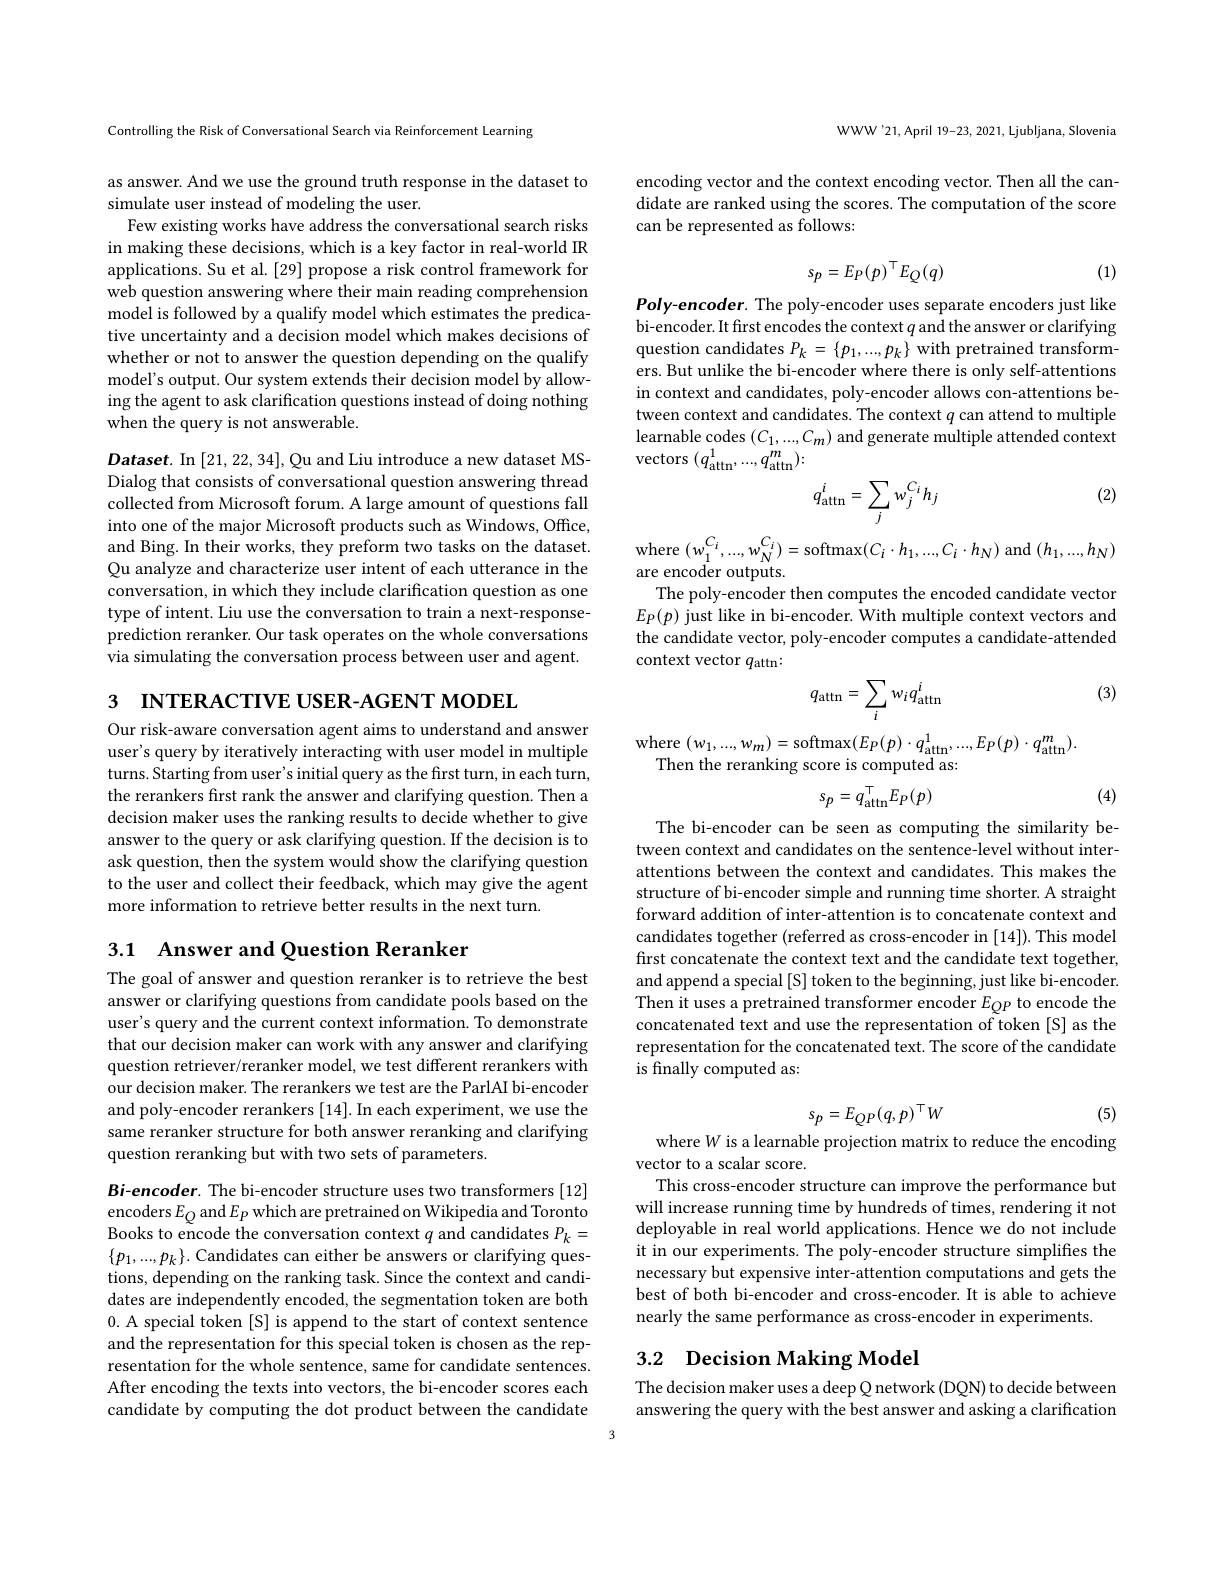
Controlling the Risk of Conversational Search via Reinforcement Learning

as answer. And we use the ground truth response in the dataset to
simulate user instead of modeling the user.
Few existing works have address the conversational search risks in making these decisions, which is a key factor in real-world IR applications. Su et al. [29] propose a risk control framework for web question answering where their main reading comprehension model is followed by a qualify model which estimates the predicative uncertainty and a decision model which makes decisions of whether or not to answer the question depending on the qualify model's output. Our system extends their decision model by allowing the agent to ask clarification questions instead of doing nothing when the query is not answerable.

Dataset. In [21,22,34], Qu and Liu introduce a new dataset MSDialog that consists of conversational question answering thread collected from Microsoft forum. A large amount of questions fall into one of the major Microsoft products such as Windows, Office, and Bing. In their works, they preform two tasks on the dataset. Qu analyze and characterize user intent of each utterance in the conversation, in which they include clarification question as one type of intent. Liu use the conversation to train a next-responseprediction reranker. Our task operates on the whole conversations via simulating the conversation process between user and agent.

3 INTERACTIVE USER-AGENT MODEL

Our risk-aware conversation agent aims to understand and answer user's query by iteratively interacting with user model in multiple turns. Starting from user's initial query as the first turn, in each turn, the rerankers first rank the answer and clarifying question. Then a decision maker uses the ranking results to decide whether to give answer to the query or ask clarifying question. If the decision is to ask question, then the system would show the clarifying question to the user and collect their feedback, which may give the agent more information to retrieve better results in the next turn.

## 3.1 Answer and Question Reranker

The goal of answer and question reranker is to retrieve the best answer or clarifying questions from candidate pools based on the user's query and the current context information. To demonstrate that our decision maker can work with any answer and clarifying question retriever/reranker model, we test different rerankers with our decision maker. The rerankers we test are the ParlAI bi-encoder and poly-encoder rerankers [14]. In each experiment, we use the same reranker structure for both answer reranking and clarifying question reranking but with two sets of parameters.

Bi-encoder. The bi-encoder structure uses two transformers [12] encoders $E_Q$ and $E_P$ which are pretrained on Wikipedia and Toronto Books to encode the conversation context $q$ and candidates $P_k=$ $\{p_{1},...,p_{k}\}.$ Candidates can either be answers or clarifying questions, depending on the ranking task. Since the context and candidates are independently encoded, the segmentation token are both 0. A special token [S] is append to the start of context sentence and the representation for this special token is chosen as the representation for the whole sentence, same for candidate sentences. After encoding the texts into vectors, the bi-encoder scores each candidate by computing the dot product between the candidate

WWW'21,April 19-23, 2021, Ljubljana, Slovenia

encoding vector and the context encoding vector. Then all the candidate are ranked using the scores. The computation of the score can be represented as followsx
$$s_p=E_P(p)^\top E_Q(q)$$
(1)

Poly-encoder. The poly-encoder uses separate encoders just like bi-encoder. It first encodes the context $q$ and the answer or clarifying question candidates $P_k=\{p_1,...,p_k\}$ with pretrained transformers. But unlike the bi-encoder where there is only self-attentions in context and candidates, poly-encoder allows con-attentions between context and candidates. The context $q$ can attend to multiple learnable codes $(C_1,...,C_m)$ and generate multiple attended context vectors $(q_{\mathrm{attn}}^1,...,q_{\mathrm{attn}}^m)\colon$
$$q_{\mathrm{attn}}^i=\sum_jw_j^{C_i}h_j$$
(2)

where$\left(w_{1}^{C_{i}},...,w_{N}^{C_{i}}\right)=$softmax$(C_{i}\cdot h_{1},...,C_{i}\cdot h_{N})$ and$\left(h_{1},...,h_{N}\right)$

are encoder outputs.
The poly-encoder then computes the encoded candidate vector $E_{P}(p)$ just like in bi-encoder. With multiple context vectors and the candidate vector, poly-encoder computes a candidate-attended context vector $q_\mathrm{attn}:$

(3)
$$q_{\mathrm{attn}}=\sum_iw_iq_{\mathrm{attn}}^i$$
where $( w_{1}, . . . , w_{m}) =$softmax$(E_{P}(p)\cdot q_{\mathrm{attn}}^{1},...,E_{P}(p)\cdot q_{\mathrm{attn}}^{m}).$
Then the reranking score is computed as:

(4)
$$s_p=q_{\mathrm{attn}}^\top E_P(p)$$
The bi-encoder can be seen as computing the similarity between context and candidates on the sentence-level without interattentions between the context and candidates. This makes the structure of bi-encoder simple and running time shorter. A straight forward addition of inter-attention is to concatenate context and candidates together (referred as cross-encoder in [14]). This model first concatenate the context text and the candidate text together, and append a special [S] token to the beginning, just like bi-encoder. Then it uses a pretrained transformer encoder $E_{QP}$ to encode the concatenated text and use the representation of token [S] as the representation for the concatenated text. The score of the candidate is finally computed as:

(5)
where W is a learnable projection matrix to reduce the encoding
$$s_{p}=E_{QP}(q,p)^{\top}W$$
vector to a scalar score.
This cross-encoder structure can improve the performance but will increase running time by hundreds of times, rendering it not deployable in real world applications. Hence we do not include it in our experiments. The poly-encoder structure simplifies the necessary but expensive inter-attention computations and gets the best of both bi-encoder and cross-encoder. It is able to achieve nearly the same performance as cross-encoder in experiments.

# 3.2 Decision Making Model

The decision maker uses a deep Q network (DQN) to decide between answering the query with the best answer and asking a clarification